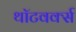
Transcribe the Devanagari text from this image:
थॉटवर्क्स